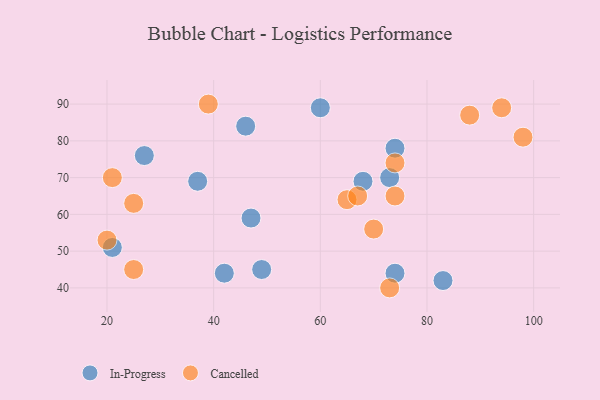
{"axis": {"x": "GDP", "y": "Life Expectancy"}, "legend": ["Cancelled", "In-Progress"], "data": [{"x": "27", "y": 76, "type": "In-Progress"}, {"x": "46", "y": 84, "type": "In-Progress"}, {"x": "42", "y": 44, "type": "In-Progress"}, {"x": "73", "y": 70, "type": "In-Progress"}, {"x": "74", "y": 44, "type": "In-Progress"}, {"x": "49", "y": 45, "type": "In-Progress"}, {"x": "21", "y": 51, "type": "In-Progress"}, {"x": "68", "y": 69, "type": "In-Progress"}, {"x": "74", "y": 78, "type": "In-Progress"}, {"x": "37", "y": 69, "type": "In-Progress"}, {"x": "47", "y": 59, "type": "In-Progress"}, {"x": "83", "y": 42, "type": "In-Progress"}, {"x": "60", "y": 89, "type": "In-Progress"}, {"x": "25", "y": 63, "type": "Cancelled"}, {"x": "70", "y": 56, "type": "Cancelled"}, {"x": "98", "y": 81, "type": "Cancelled"}, {"x": "73", "y": 40, "type": "Cancelled"}, {"x": "39", "y": 90, "type": "Cancelled"}, {"x": "25", "y": 45, "type": "Cancelled"}, {"x": "74", "y": 65, "type": "Cancelled"}, {"x": "21", "y": 70, "type": "Cancelled"}, {"x": "20", "y": 53, "type": "Cancelled"}, {"x": "94", "y": 89, "type": "Cancelled"}, {"x": "88", "y": 87, "type": "Cancelled"}, {"x": "65", "y": 64, "type": "Cancelled"}, {"x": "74", "y": 74, "type": "Cancelled"}, {"x": "67", "y": 65, "type": "Cancelled"}]}